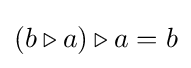
(b\triangleright a)\triangleright a=b